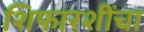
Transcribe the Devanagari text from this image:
शिफारशींचा